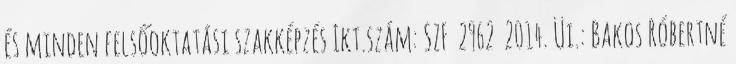
és minden felsőoktatási szakképzés Ikt.szám: SZF 2962 2014. Üi.: Bakos Róbertné